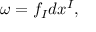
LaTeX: \omega = f _ { I } d x ^ { I } ,